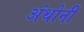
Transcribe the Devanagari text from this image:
अंथोनी